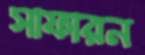
সাফারন